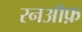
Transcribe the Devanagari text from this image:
रनऑफ़